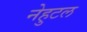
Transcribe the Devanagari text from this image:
नेहुटल